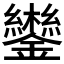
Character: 𮣩